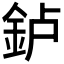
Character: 𰼥